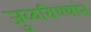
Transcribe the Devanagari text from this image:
जुळविण्यांत